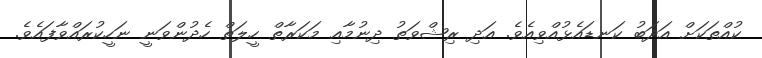
ކުއްތަކަށް އަދަބު ކަނޑައެޅުއްވިއެވެ. އަދި ރިޝްވަތު ދިނުމާއި މަކަރާތް ހީލަތް ހެދުންވަނީ ނަހީކުރައްވާފައެވެ.